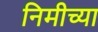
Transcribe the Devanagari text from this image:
निमीच्या